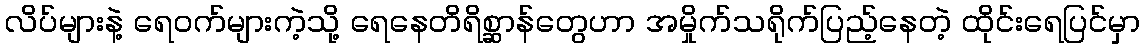
လိပ်များနဲ့ ရေဝက်များကဲ့သို့ ရေနေတိရိစ္ဆာန်တွေဟာ အမှိုက်သရိုက်ပြည့်နေတဲ့ ထိုင်းရေပြင်မှာ